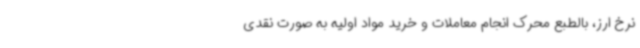
نرخ ارز، بالطبع محرک انجام معاملات و خرید مواد اولیه به صورت نقدی